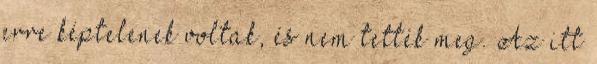
erre képtelenek voltak, és nem tették meg. Az itt